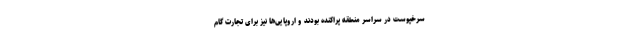
سرخپوست در سراسر منطقه پراکنده بودند و اروپایی‌ها نیز برای تجارت گام